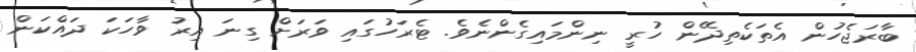
ބާރަޖެހުން އެތަކެތިދޭން ހުރީ ނިންމައިގެންނެވެ. ޓެރަހުގައި ވަރަށް ގިނަ އިރު ވާހަކަ ދައްކަން